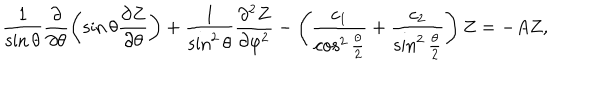
\frac { 1 } { \sin \theta } \frac { \partial } { \partial \theta } \left( \sin \theta \frac { \partial Z } { \partial \theta } \right) + \frac { 1 } { \sin ^ { 2 } \theta } \frac { \partial ^ { 2 } Z } { \partial \varphi ^ { 2 } } - \left( \frac { c _ { 1 } } { \cos ^ { 2 } \frac { \theta } { 2 } } + \frac { c _ { 2 } } { \sin ^ { 2 } \frac { \theta } { 2 } } \right) Z = - A Z ,